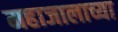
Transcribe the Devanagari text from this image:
महाजालाच्या